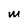
Character: M